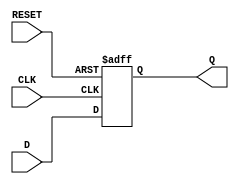
`timescale 1ns / 1ps


module dflipflop(
		input CLK,
		input RESET,
		input D,
		output reg Q
    );

	always @(posedge CLK or posedge RESET)
	begin
		if(RESET)
			Q <= 0;
		else 
			Q <= D;
	
	end


	initial begin
		Q = 0;
	end

endmodule